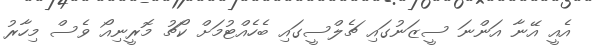
އެއީ އޭނާ އަންނަ ސީޒަނުގައި ޗެލްސީގައި ބެހެއްޓުމަށް ކޯޗު މޮރީނިއޯ ވެސް މިހާރު